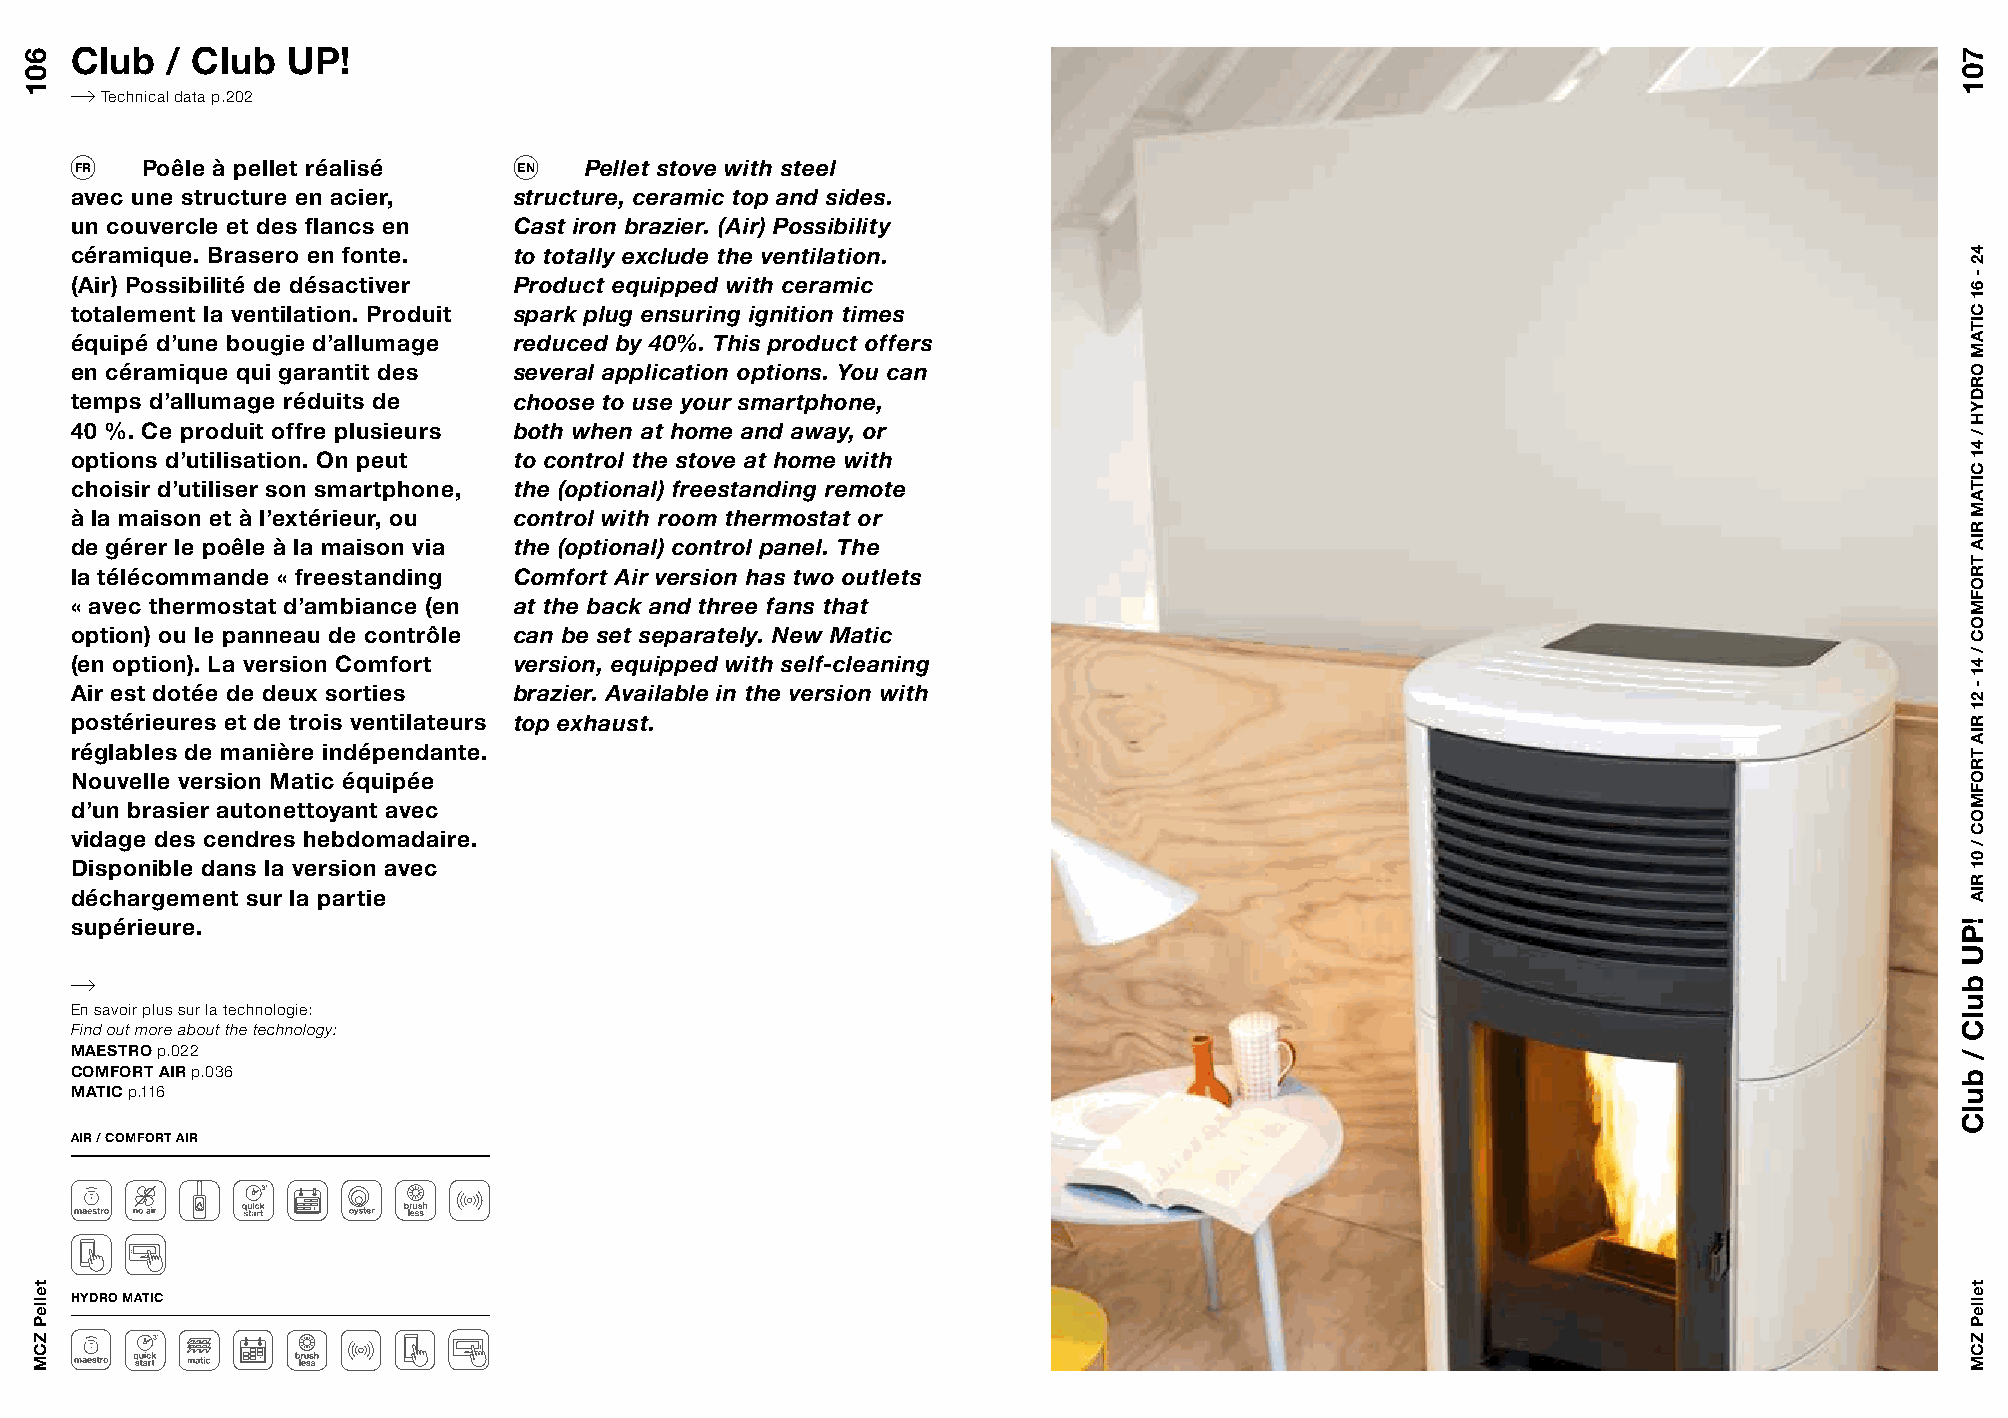
Club  / Club  UP!
 Technical data p.202
 FR  Poêle à pellet réalisé   EN   Pellet stove with steel
 avec une structure en acier, structure, ceramic top and sides.
 un couvercle et des flancs en Cast iron brazier. (Air) Possibility
 céramique. Brasero en fonte. to totally exclude the ventilation.
 (Air) Possibilité de désactiver Product equipped with ceramic
 totalement la ventilation. Produit spark plug ensuring ignition times
 équipé d’une bougie d’allumage reduced by 40%. This product offers
 en céramique qui garantit des several application options. You can
 temps d’allumage réduits de  choose to use your smartphone,
 40 %. Ce produit offre plusieurs both when at home and away, or
 options d’utilisation. On peut to control the stove at home with
 choisir d’utiliser son smartphone, the (optional) freestanding remote
 à la maison et à l’extérieur, ou control with room thermostat or
 de gérer le poêle à la maison via the (optional) control panel. The
 la télécommande « freestanding Comfort Air version has two outlets
 « avec thermostat d’ambiance (en at the back and three fans that
 option) ou le panneau de contrôle can be set separately. New Matic
 (en option). La version Comfort version, equipped with self-cleaning
 Air est dotée de deux sorties brazier. Available in the version with
 postérieures et de trois ventilateurs top exhaust.
 réglables de manière indépendante.
 Nouvelle version Matic équipée
 d’un brasier autonettoyant avec
 vidage des cendres hebdomadaire.
 Disponible dans la version avec
 déchargement sur la partie
 supérieure.
 En savoir plus sur la technologie:
 Find out more about the technology:
 MAESTRO p.022
 COMFORT AIR p.036
 MATIC p.116
 AIR / COMFORT AIR
 HYDRO MATIC
 601
 telleP
 ZCM
 701
 !PU
 bulC
 /
 bulC
 42
 -
 61
 CITAM
 ORDYH
 /
 41
 CITAM
 RIA
 TROFMOC
 /
 41
 -
 21
 RIA
 TROFMOC
 /
 01
 RIA
 telleP
 ZCM